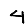
Digit: 4